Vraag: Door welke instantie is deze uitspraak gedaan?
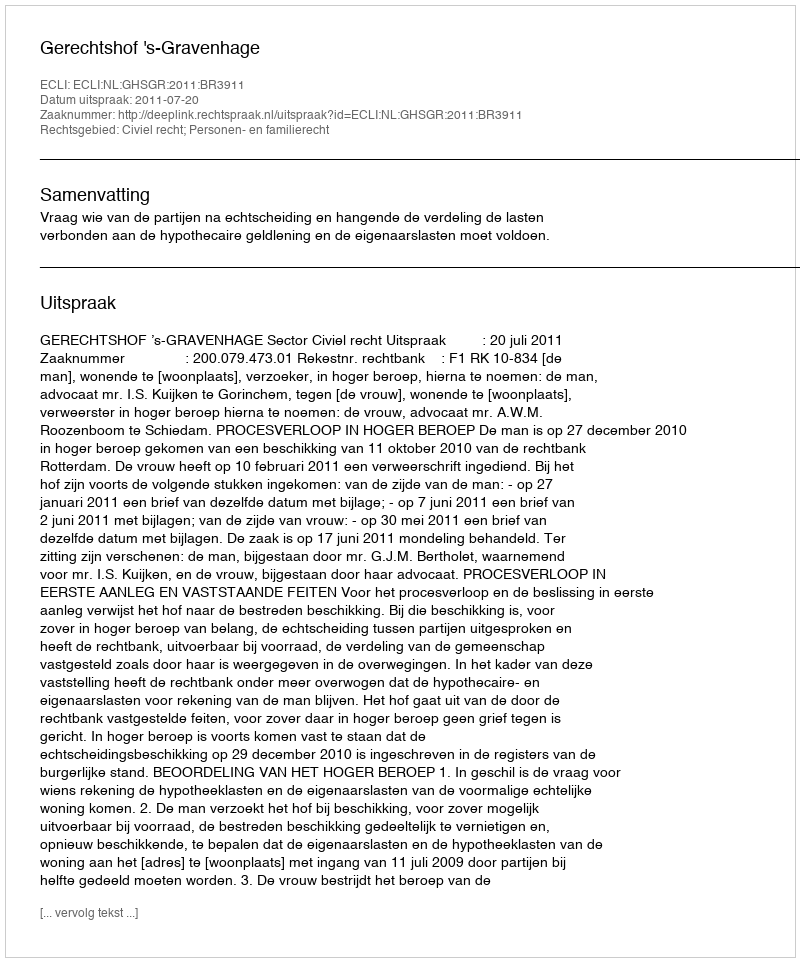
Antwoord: Gerechtshof 's-Gravenhage